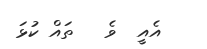
އެއީ  ވެ   ތައް ކުޅަ